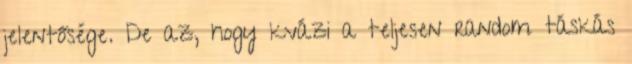
jelentősége. De az, hogy kvázi a teljesen random táskás